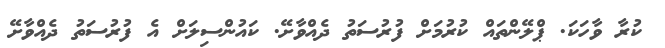
ކުރާ ވާހަކަ. ޕްލޭންތައް ކުރުމަށް ފުރުސަތު ދެއްވާށޭ. ކައުންސިލަށް އެ ފުރުސަތު ދެއްވާށޭ